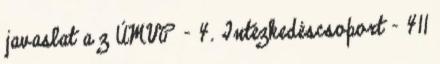
javaslat a z ÚMVP - 4. Intézkedéscsoport - 411